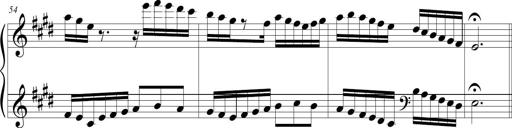
Title: Jousting Jocelyne
Composer: Michel Rondeau
Key: E major